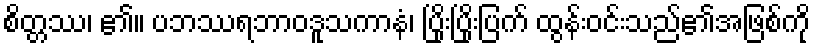
စိတ္တဿ၊ ၏။ ပဘဿရဘာဝဒူသကာနံ၊ ပြိုးပြိုးပြက် ထွန်းဝင်းသည်၏အဖြစ်ကို